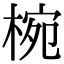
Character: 椀